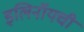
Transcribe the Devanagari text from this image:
इलिनॉयची